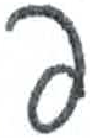
אות: פ